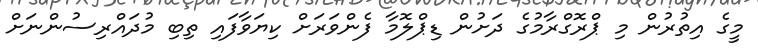
މީގެ އިތުރުން މި ޕްރޮގްރާމުގެ ދަށުން ޑިޕްލޮމާ ފެންވަރަށް ކިޔަވާފައި ތިބި މުދައްރިސުންނަށް